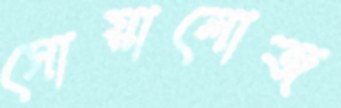
সোয়ালোজ